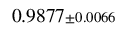
0 . 9 8 7 7 { \scriptstyle \pm 0 . 0 0 6 6 }